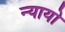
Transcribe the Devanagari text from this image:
न्यायो